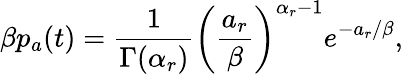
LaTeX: \beta p_{a}(t)=\frac{1}{\Gamma(\alpha_{r})}\left(\frac{a_{r}}{\beta}\right)^{\alpha_{r}-1}e^{-a_{r}/\beta},